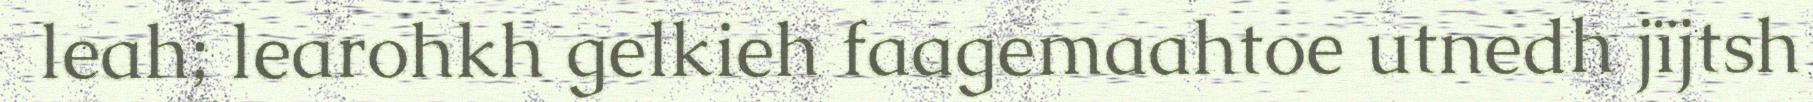
leah; learohkh gelkieh faagemaahtoe utnedh jïjtsh